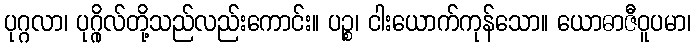
ပုဂ္ဂလာ၊ ပုဂ္ဂိုလ်တို့သည်လည်းကောင်း။ ပဉ္စ၊ ငါးယောက်ကုန်သော။ ယောဓာဇီဝူပမာ၊